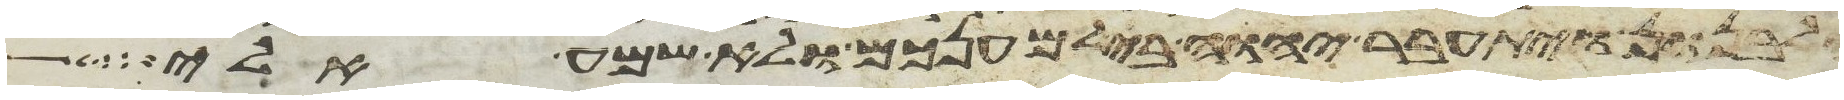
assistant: והלבנון ויתעבר יהוה בי למענכם ולא שמע אלי